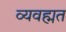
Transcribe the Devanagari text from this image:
व्यवह्मत